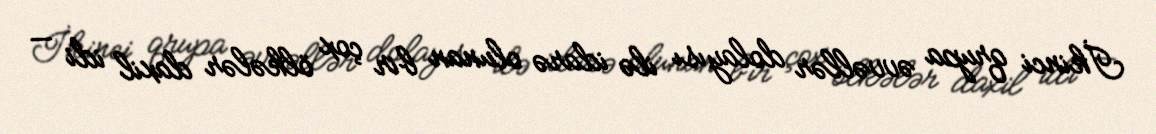
İkinci qrupa əvvəllər dolayısı ilə idarə olunan bir çox ölkələr daxil idi —